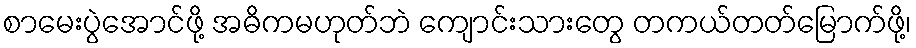
စာမေးပွဲအောင်ဖို့ အဓိကမဟုတ်ဘဲ ကျောင်းသားတွေ တကယ်တတ်မြောက်ဖို့၊